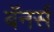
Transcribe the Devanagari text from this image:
बॅनर्स